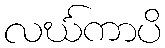
လင်္ဃကာပိ